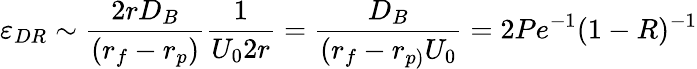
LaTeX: \varepsilon_{DR}\sim\frac{2rD_{B}}{\left(r_{f}-r_{p}\right)}\frac{1}{U_{0}2r}=\frac{D_{B}}{(r_{f}-r_{p)}U_{0}}=2Pe^{-1}(1-R)^{-1}